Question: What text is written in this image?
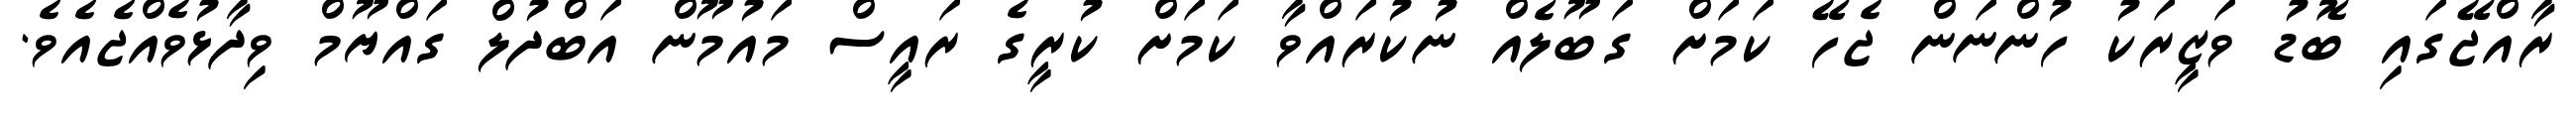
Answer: ރާއްޖޭގައި ބޮޑު ވަޒީރަކު ހުންނަން ޖެހޭ ކަމަށް ގަބޫލެއް ނުކުރައްވާ ކަމަށް ކުރީގެ ރައީސް މައުމޫން އަބްދުލް ގައްޔޫމް ވިދާޅުވެއްޖެއެވެ.